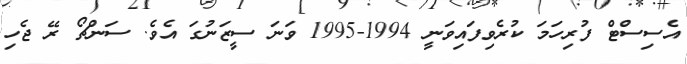
އެސިސްޓް ފުރިހަމަ ކުރެވިފައިވަނީ 1994-1995 ވަނަ ސީޒަނުގަ އެވެ. ސަންޗޯ ރޭ ޖެހި